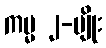
ကမ္မ ၂-မျိုး